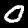
Label: 0